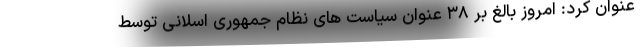
عنوان کرد: امروز بالغ بر ۳۸ عنوان سیاست های نظام جمهوری اسلانی توسط